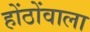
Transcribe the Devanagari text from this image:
होंठोंवाला